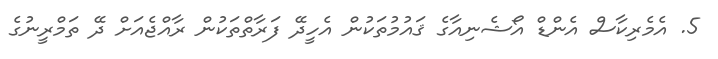
5. އެމެރިކާސް އެންޑް އޯޝެނިއާގެ ޤައުމުތަކުން އެހީދޭ ފަރާތްތަކުން ރާއްޖެއަށް ދޭ ތަމްރީނުގެ